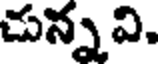
చున్న వి.